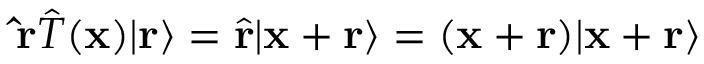
\mathbf { \hat { r } } { \hat { T } } ( \mathbf { x } ) | \mathbf { r } \rangle = { \hat { \mathbf { r } } } | \mathbf { x } + \mathbf { r } \rangle = ( \mathbf { x } + \mathbf { r } ) | \mathbf { x } + \mathbf { r } \rangle